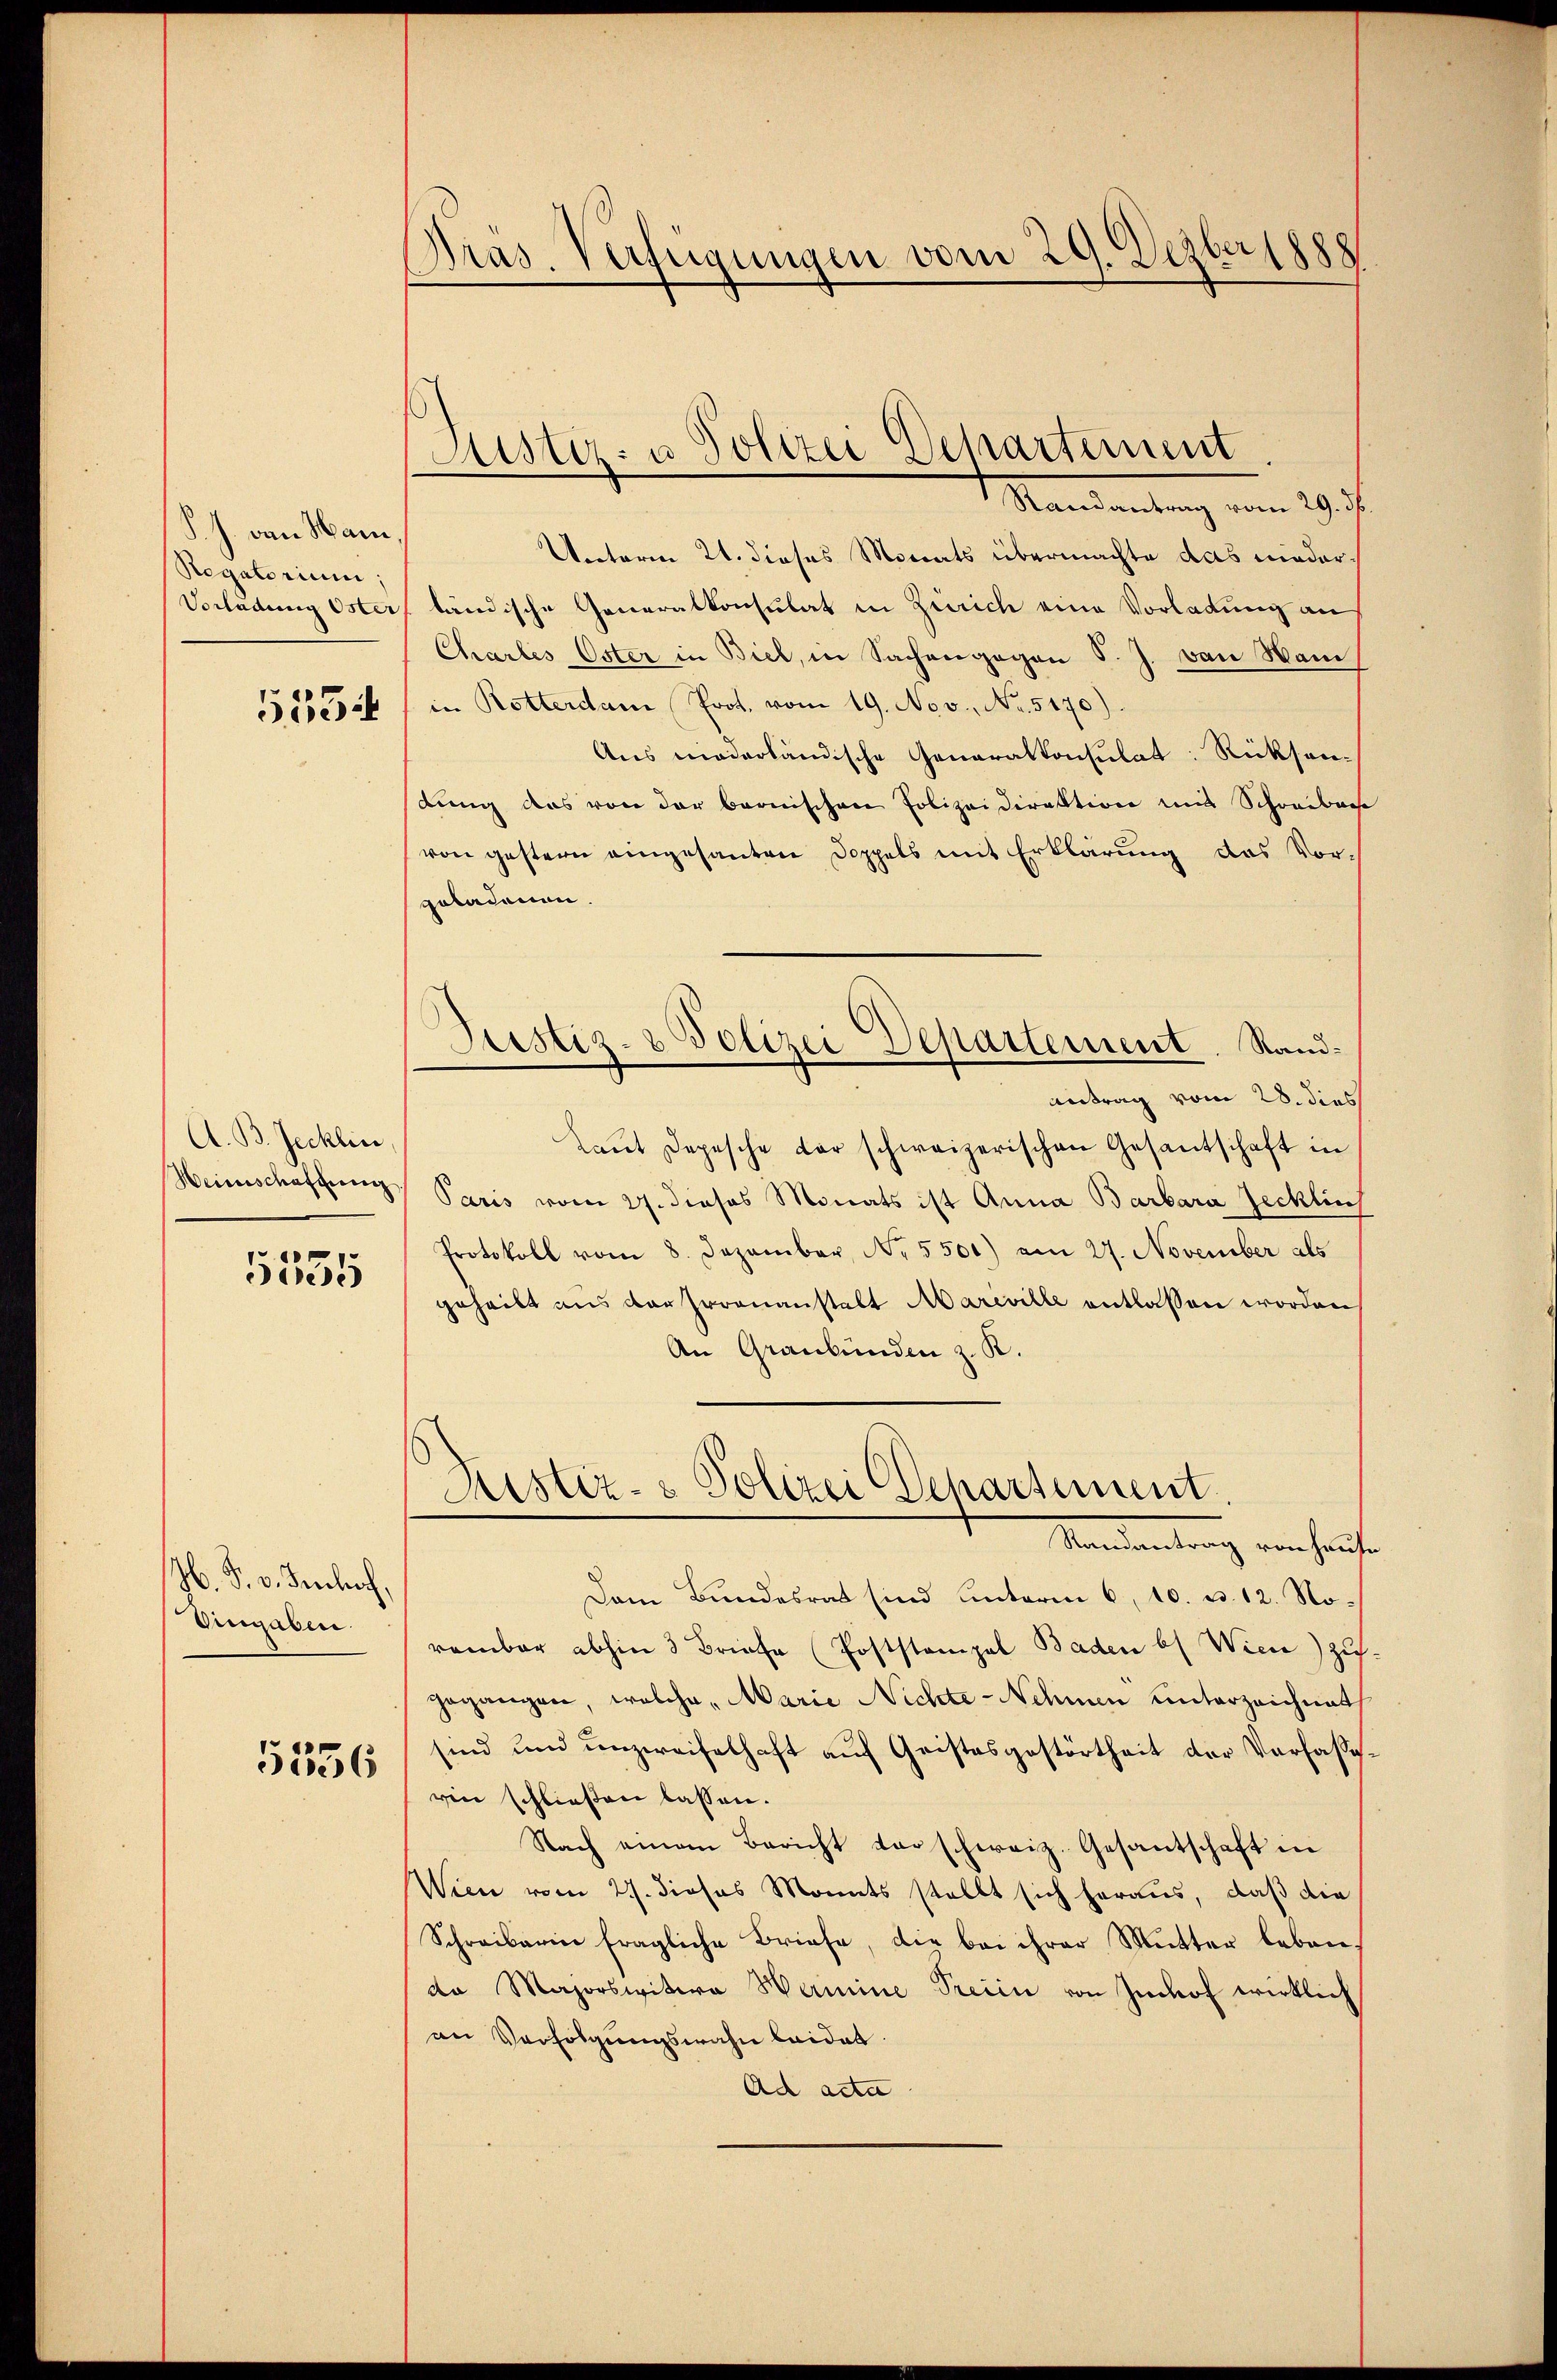
S. J. von Ham,
Regatorium,
Vorladung Öster

5554

A. B. Jecklin
Heinschaffung

5535

Jb. S. v. Jenhof,
Eingaben.

5536

Präs. Verfügungen vom 29. Dezber 1888

Justiz- u Polizei Departement

Justiz- & Polizei Departement. Sand¬
Antrag vom 28. dies

Randantrag vom 29. ds.
Vnterm 21. dieses Monats übermachte das niederländische Generalkonsulat in Zürich eine Vorladung an
Chartes Oster in Biel, in Sachengegen S. J. von Wan
in Rotterdam Prot. vom 19. Nov., No. 5170).
Aus niederländische Generalkonsulat: Rücksendung das von der bernischen Polizeidirektion mit Schreibache
von gestern eingesanten Doppels mit Erklärung das Vor-
geladenen.
Laŭt Depesche der schweizerischen Gesantschaft in
Paris vom 27. dieses Monats ist Anna Barbara Jecklich
Protokoll vom 8. Dezember, No. 5500) am 27. November als
geheilt uns der Irrenanstalt Mareville entlassen worden
An Graubünden z. K.
Justiz- & Polizei Departement
Mandantung verhauf¬
Dem Bundesrat sind unterm 6. 10. d. 12. Norombar abhin 3 Briefe (Poststampal Baden b) Wien) zu
gegangen, welche Marie Nichte-Nehmen unterzeichnet
sind und unzweifelhaft auf Geistesgestörtheit der Verfaße.
rin schließen lassen.
Nach einem Bericht vor schweiz. Gesantschaft in
Wien vom 27. dieses Monats stellt sich heraus, daß die
Schreiberin fragliche Briefe, die bei ihrer Mutter leben.
da Majorswitwe Hermine Preiin von Imhof wirklich
an Verfolgungswahn beidet.
Ad acta